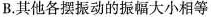
B.其他各摆振动的振幅大小相等